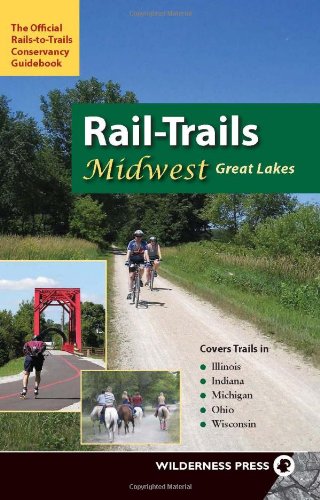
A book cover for Rail-Trails Midwest Great Lakes: Illinois, Indiana, Michigan, Ohio and Wisconsin; Rails-to-Trails Conservancy; Travel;